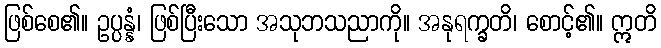
ဖြစ်စေ၏။ ဥပ္ပန္နံ၊ ဖြစ်ပြီးသော အသုဘသညာကို။ အနုရက္ခတိ၊ စောင့်၏။ ဣတိ